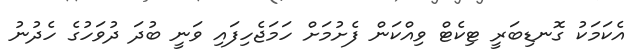
އެކަމަކު ގޮނޑިބަރީ ޓިކެޓް ވިއްކަން ފެށުމަށް ހަމަޖެހިފައި ވަނީ ބުދަ ދުވަހުގެ ހެދުނު